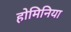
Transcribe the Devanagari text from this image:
होमिनिया